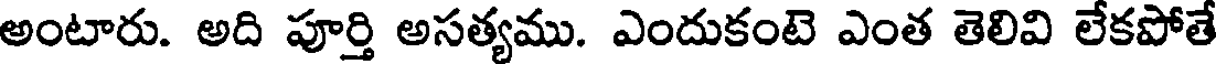
అంటారు. అది పూర్తి అసత్యము. ఎందుకంటె ఎంత తెలివి లేకపోతే